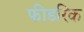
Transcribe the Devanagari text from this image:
फीडरिक